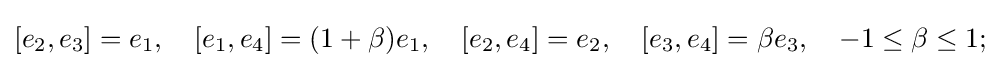
[e_{2},e_{3}]=e_{1},\quad [e_{1},e_{4}]=(1+\beta )e_{1},\quad [e_{2},e_{4}]=e_{2},\quad [e_{3},e_{4}]=\beta e_{3},\quad -1\leq \beta \leq 1;